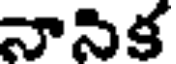
నాసిక